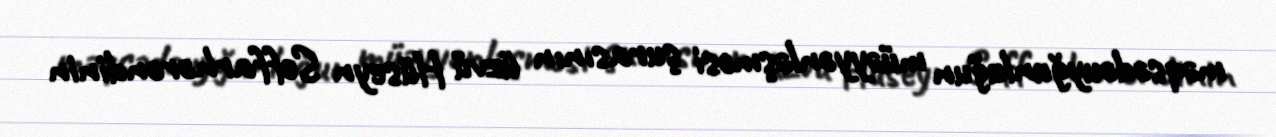
məqsədəuyğunluğun müəyyənləşməsi şurasının üzvü Hüseyn Seffarhərəndinin